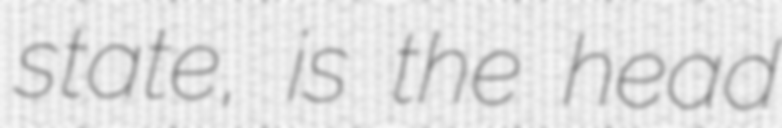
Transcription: state, is the head